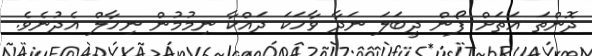
ދޮންތަ އަތަށް ފޯން ދީބަލަ ނަދާ ވާހަކަ ދައްކާ ނިމުމުން ނިހާލް އެދުނެވެ.